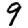
Digit: 9